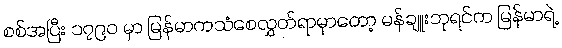
စစ်အပြီး ၁၇၉၀ မှာ မြန်မာကသံစေလွှတ်ရာမှာတော့ မန်ချူးဘုရင်က မြန်မာရဲ့